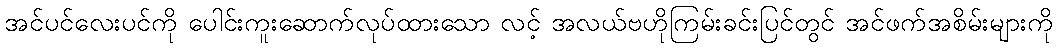
အင်ပင်လေးပင်ကို ပေါင်းကူးဆောက်လုပ်ထားသော လင့် အလယ်ဗဟိုကြမ်းခင်းပြင်တွင် အင်ဖက်အစိမ်းများကို